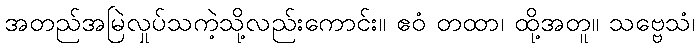
အတည်အမြဲလှုပ်သကဲ့သို့လည်းကောင်း။ ဧဝံ တထာ၊ ထို့အတူ။ သဗ္ဗေသံ၊